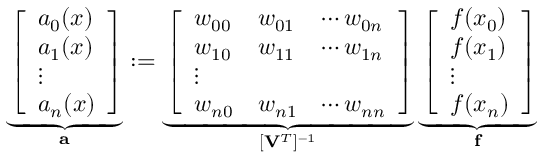
\underbrace { \left[ \begin{array} { l } { a _ { 0 } ( x ) } \\ { a _ { 1 } ( x ) } \\ { \vdots } \\ { a _ { n } ( x ) } \end{array} \right] } _ { \mathbf { a } } : = \underbrace { \left[ \begin{array} { l l l } { w _ { 0 0 } } & { w _ { 0 1 } } & { \cdots w _ { 0 n } } \\ { w _ { 1 0 } } & { w _ { 1 1 } } & { \cdots w _ { 1 n } } \\ { \vdots } \\ { w _ { n 0 } } & { w _ { n 1 } } & { \cdots w _ { n n } } \end{array} \right] } _ { [ \mathbf { V } ^ { T } ] ^ { - 1 } } \underbrace { \left[ \begin{array} { l } { f ( x _ { 0 } ) } \\ { f ( x _ { 1 } ) } \\ { \vdots } \\ { f ( x _ { n } ) } \end{array} \right] } _ { \mathbf { f } }